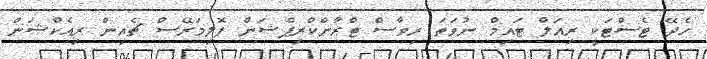
ހެދޭ ޓެސްޓަކީ ރިއަލް ޓައިމް ނުވަތަ ރިވާސް ޓްރާންކްރިޕްޝަން ޕޮލިމަރޭސް ޗެއިން ރިއެކްޝަން